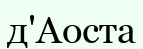
д'Аоста